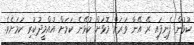
ކުޅުން ފެނިފައި ރޭ އޭނާ ވަރަށް މޮޅަށް ކުޅޭނެ ކަމަށް އުއްމީދުކުރި ކަމަށެވެ.